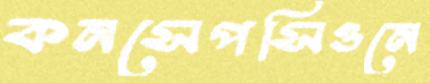
কনসেপসিওনে